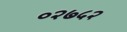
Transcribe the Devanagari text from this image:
०२७५२